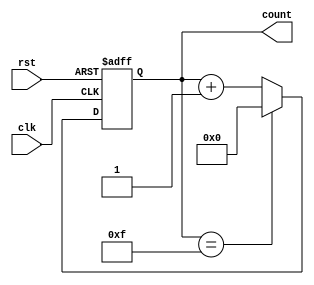
module up_counter_moore (
    input wire clk,        // Clock signal
    input wire rst,        // Asynchronous reset signal
    output reg [3:0] count // 4-bit output to represent the current count value
);

    // State transition
    always @(posedge clk or posedge rst) begin
        if (rst) begin
            count <= 4'b0000; // Reset state
        end else begin
            count <= (count == 4'b1111) ? 4'b0000 : count + 1; // Increment or wrap around
        end
    end

endmodule